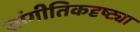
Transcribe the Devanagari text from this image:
सांगीतिकदृष्ट्या